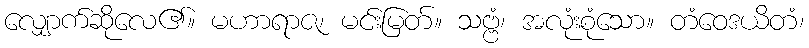
လျှောက်ဆိုလေ၏။ မဟာရာဇ၊ မင်းမြတ်။ သဗ္ဗံ၊ အလုံးစုံသော။ တံဝေဒယိတံ၊